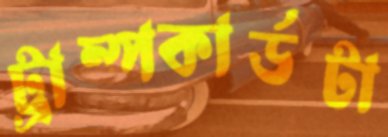
ট্রাম্পকার্ডটা